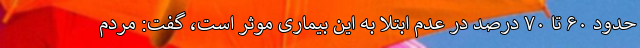
حدود ۶۰ تا ۷۰ درصد در عدم ابتلا به این بیماری موثر است، گفت: مردم